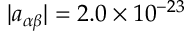
| a _ { \alpha \beta } | = 2 . 0 \times 1 0 ^ { - 2 3 }